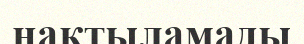
нақтыламады